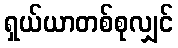
ရှယ်ယာတစ်စုလျှင်